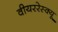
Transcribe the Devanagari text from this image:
वीयररेस्क्यू